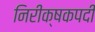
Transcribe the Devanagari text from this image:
निरीक्षकपदी